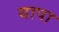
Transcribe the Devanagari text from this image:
यापा